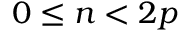
0 \leq n < 2 p